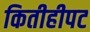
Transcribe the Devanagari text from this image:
कितीहीपट